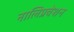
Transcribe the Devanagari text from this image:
नालिप्रवेशन